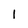
Character: 1